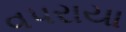
વપરાયા